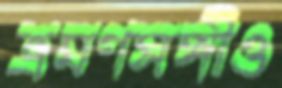
ভ্রমণসঙ্গীও